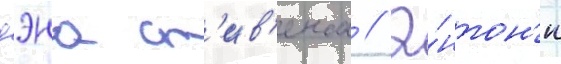
дэна ст'ив'енса // Э́нтон'и